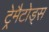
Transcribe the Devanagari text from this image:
ट्रेमैटोड्स